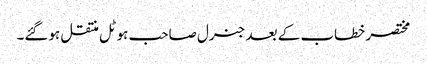
مختصر خطاب کے بعد جنرل صاحب ہوٹل منتقل ہوگئے۔